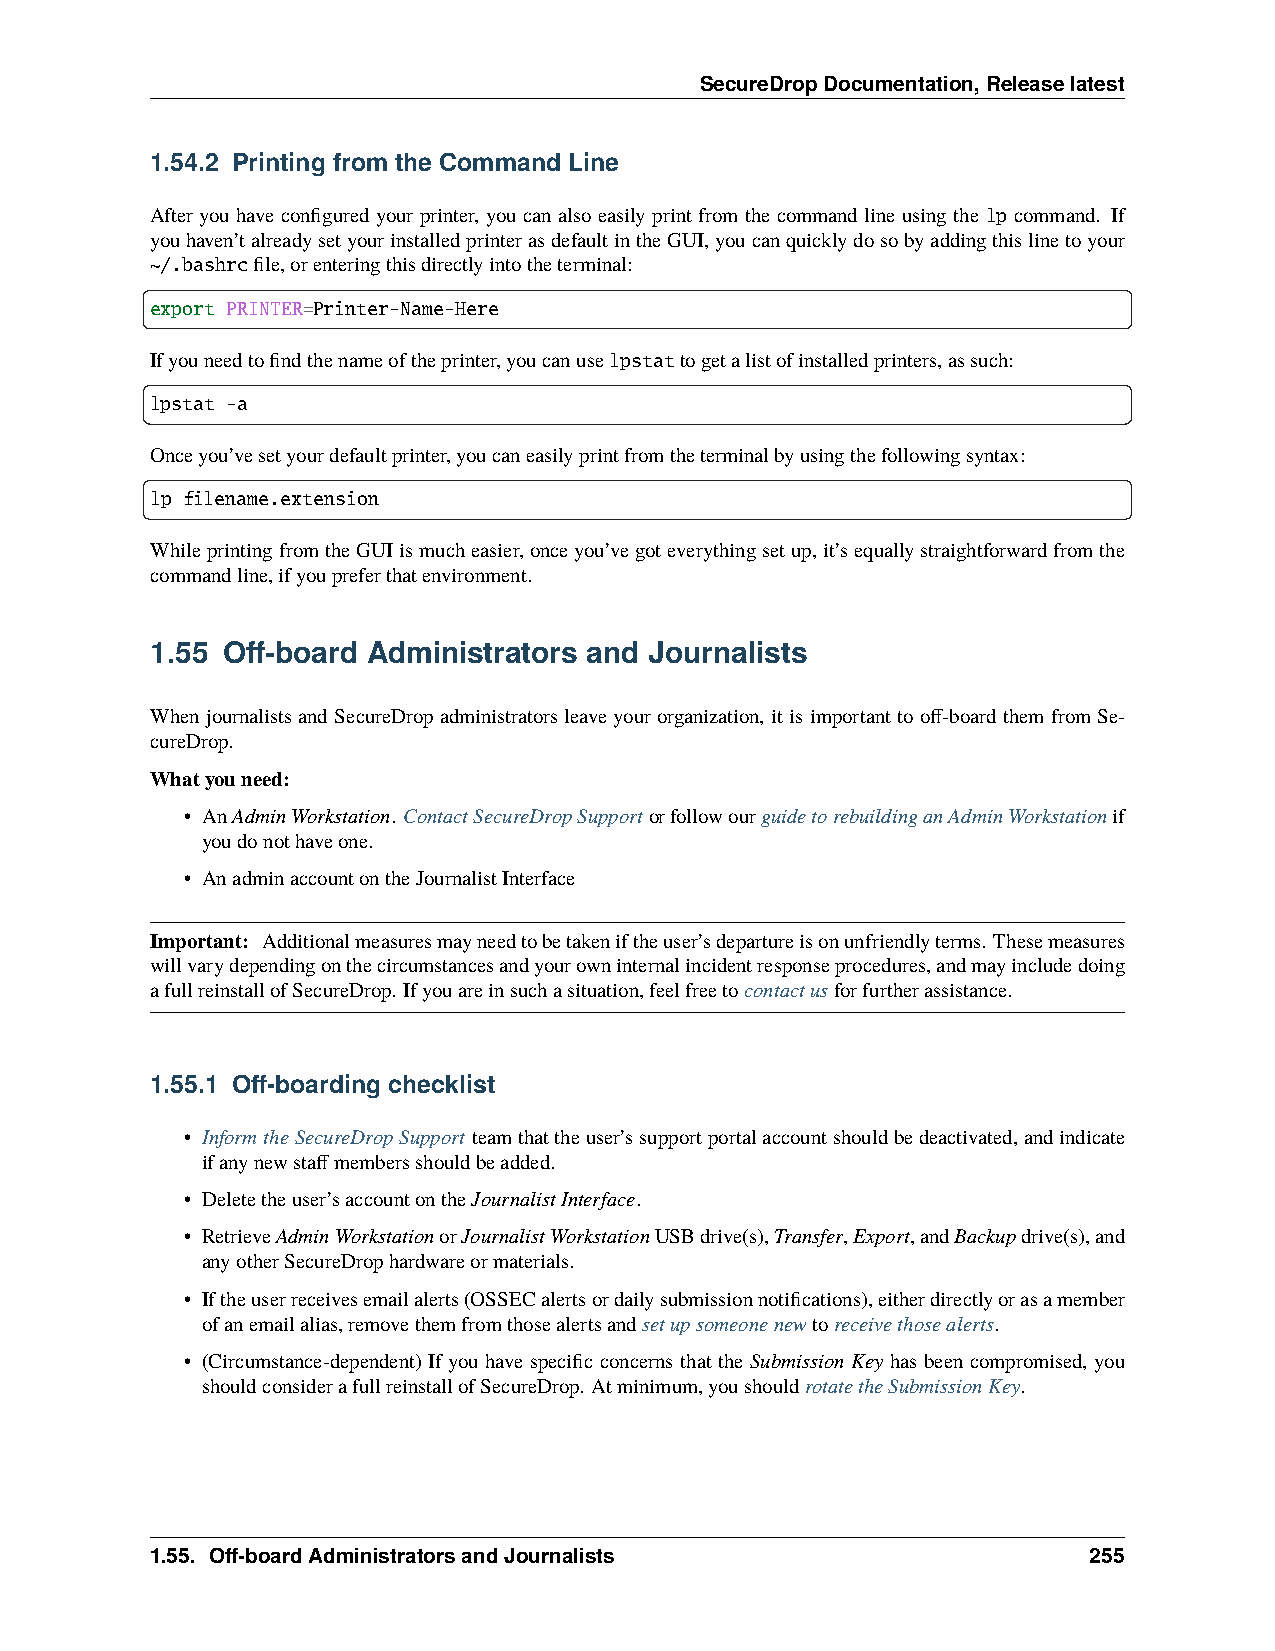
SecureDropDocumentation,Releaselatest
 1.54.2 Printing from the Command Line
 After you have configured your printer, you can also easily print from the command line using the lp command. If
 youhaven’talreadysetyourinstalledprinterasdefaultintheGUI,youcanquicklydosobyaddingthislinetoyour
 ~/.bashrcfile,orenteringthisdirectlyintotheterminal:
 export PRINTER=Printer-Name-Here
 Ifyouneedtofindthenameoftheprinter,youcanuselpstattogetalistofinstalledprinters,assuch:
 lpstat -a
 Onceyou’vesetyourdefaultprinter,youcaneasilyprintfromtheterminalbyusingthefollowingsyntax:
 lp filename.extension
 WhileprintingfromtheGUIismucheasier,onceyou’vegoteverythingsetup,it’sequallystraightforwardfromthe
 commandline,ifyoupreferthatenvironment.
 1.55 Off-board Administrators and Journalists
 Whenjournalists andSecureDrop administratorsleave yourorganization, it isimportant tooff-board themfrom Se-
 cureDrop.
 Whatyouneed:
 • AnAdminWorkstation. ContactSecureDropSupportorfollowourguidetorebuildinganAdminWorkstationif
 youdonothaveone.
 • AnadminaccountontheJournalistInterface
 Important: Additionalmeasuresmayneedtobetakeniftheuser’sdepartureisonunfriendlyterms. Thesemeasures
 willvarydependingonthecircumstancesandyourowninternalincidentresponseprocedures,andmayincludedoing
 afullreinstallofSecureDrop. Ifyouareinsuchasituation,feelfreetocontactusforfurtherassistance.
 1.55.1 Off-boarding checklist
 • InformtheSecureDropSupport teamthattheuser’ssupportportalaccountshouldbedeactivated,andindicate
 ifanynewstaffmembersshouldbeadded.
 • Deletetheuser’saccountontheJournalistInterface.
 • RetrieveAdminWorkstationorJournalistWorkstationUSBdrive(s),Transfer,Export,andBackupdrive(s),and
 anyotherSecureDrophardwareormaterials.
 • Iftheuserreceivesemailalerts(OSSECalertsordailysubmissionnotifications),eitherdirectlyorasamember
 ofanemailalias,removethemfromthosealertsandsetupsomeonenewtoreceivethosealerts.
 • (Circumstance-dependent) If you have specific concerns that the Submission Key has been compromised, you
 shouldconsiderafullreinstallofSecureDrop. Atminimum,youshouldrotatetheSubmissionKey.
 1.55. Off-boardAdministratorsandJournalists                   255